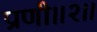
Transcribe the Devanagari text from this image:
प्राणी॥२॥